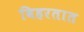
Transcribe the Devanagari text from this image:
विहरतात